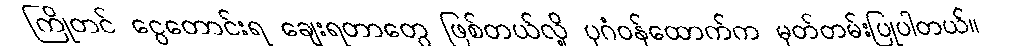
ကြိုတင် ငွေတောင်းရ ချေးရတာတွေ ဖြစ်တယ်လို့ ပုဂံဝန်ထောက်က မှတ်တမ်းပြုပါတယ်။